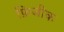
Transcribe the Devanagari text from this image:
फ़िजीक